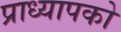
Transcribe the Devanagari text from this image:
प्राध्यापको